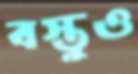
বস্তুও